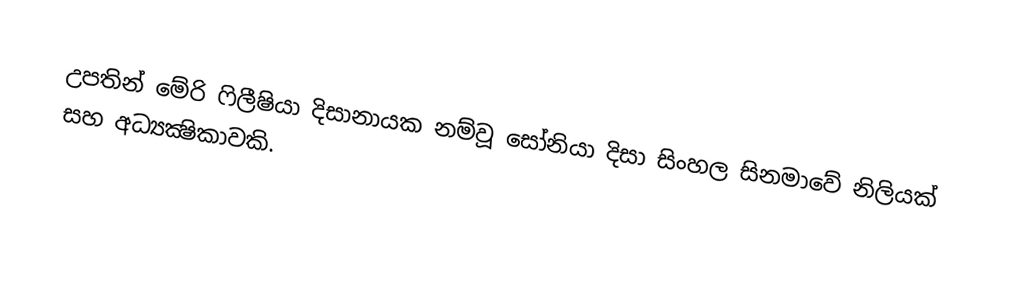
උපතින් මේරි ෆිලීෂියා දිසානායක නම්වූ සෝනියා දිසා සිංහල සිනමාවේ නිලියක් සහ අධ්‍යක්‍ෂිකාවකි.